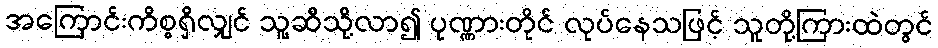
အကြောင်းကိစ္စရှိလျှင် သူ့ဆီသို့လာ၍ ပုဏ္ဏားတိုင် လုပ်နေသဖြင့် သူတို့ကြားထဲတွင်